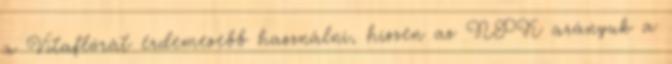
a Vitaflórát érdemesebb használni, hiszen az NPK arányuk a